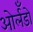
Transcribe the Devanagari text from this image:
ओर्लँडो